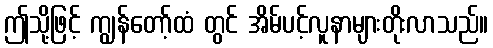
ဤသို့ဖြင့် ကျွန်တော့်ထံ တွင် အိမ်ပင့်လူနာများတိုးလာသည်။